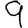
Digit: 9